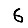
Digit: 6